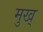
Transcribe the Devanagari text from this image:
मुख्